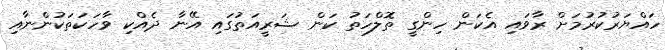
ހައްޔަރުކުރުމަށް ރާވައި އެކަން ހިންގީ ތޮލްހަތު ކަން ޝަރީއަތުގައި އޭނާ ދެއްކި ވާހަކަތަކުންނާއި